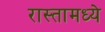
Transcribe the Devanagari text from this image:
रास्तामध्ये